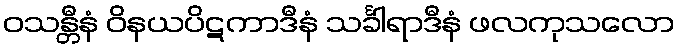
ဝသန္တီနံ ဝိနယပိဋကာဒီနံ သင်္ခါရာဒီနံ ဖလကုသလော